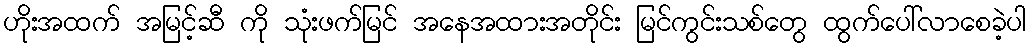
ဟိုးအထက် အမြင့်ဆီ ကို သုံးဖက်မြင် အနေအထားအတိုင်း မြင်ကွင်းသစ်တွေ ထွက်ပေါ်လာစေခဲ့ပါ